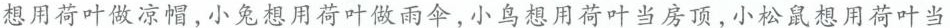
想用荷叶做凉帽，小兔想用荷叶做雨伞，小鸟想用荷叶当房顶，小松鼠想用荷叶当